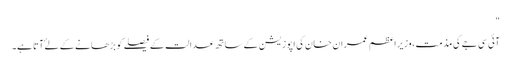
"
آئی سی جے کی مذمت، وزیراعظم عمران خان کی اپوزیشن کے ساتھ عدالت کے فیصلے کو بڑھانے کے لۓ آتا ہے۔